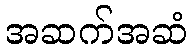
အဆက်အဆံ